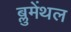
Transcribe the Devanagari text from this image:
ब्लुमेंथल